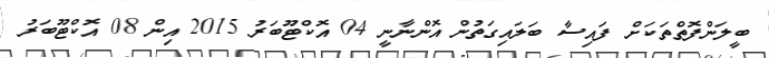
ބީލަންފޮތްތަކަށް ފައިސާ ބަލައިގަތުން އޮންނާނީ 04 އޮކްޓޫބަރު 2015 އިން 08 އޮކްޓޫބަރު